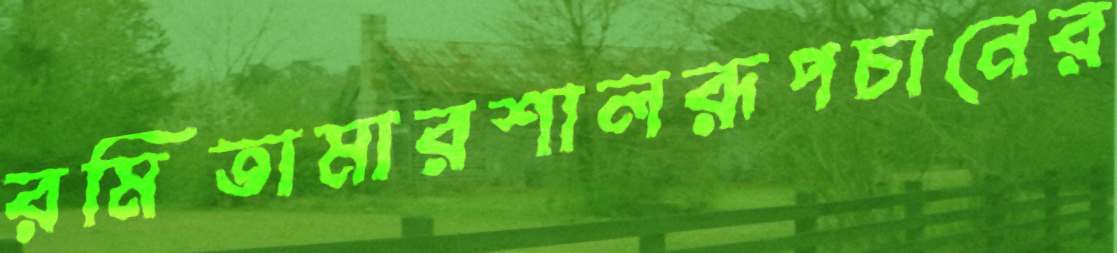
রমিতামারশালরূপচানের